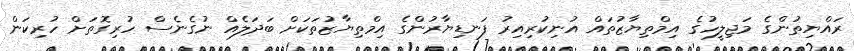
ރައްޔިތުންގެ މަޖިލީހުގެ އިމްތިޔާޒުތައް އުނިކުރިއިރު ފަނޑިޔާރުންގެ އިމްތިޔާޒުތަކަށް ބަދަލެއް ނުގެނެސް ހުރިގޮތަށް ހުރިކަން